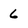
Character: 6